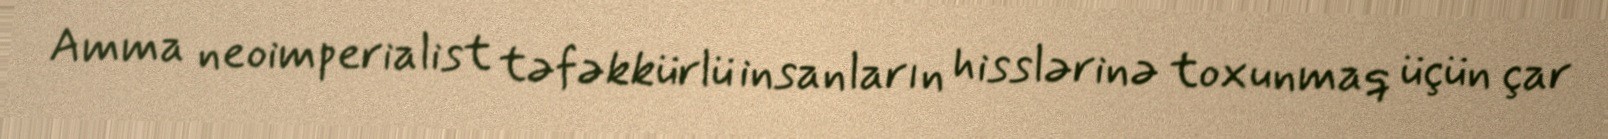
Amma neoimperialist təfəkkürlü insanların hisslərinə toxunmaq üçün çar